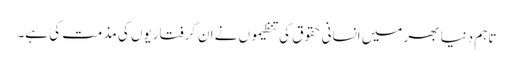
تاہم دنیا بھر میں انسانی حقوق کی تنظیموں نے ان گرفتاریوں کی مذمت کی ہے۔